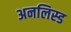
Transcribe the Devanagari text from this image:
अनलिस्ड